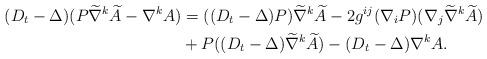
LaTeX: \begin{align*}(D_t - \Delta) (P\widetilde \nabla^k \widetilde A - \nabla^k A) &= ((D_t-\Delta )P) \widetilde\nabla^k \widetilde A - 2g^{ij} (\nabla_i P)(\nabla_j \widetilde\nabla^k \widetilde A) \\&+ P( (D_t - \Delta)\widetilde \nabla^k \widetilde A) - (D_t - \Delta)\nabla^k A.\end{align*}